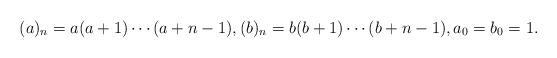
LaTeX: \begin{align*} (a)_n = a(a+1)\cdots(a+n-1), (b)_n = b(b+1)\cdots(b+n-1), a_0=b_0=1.\end{align*}